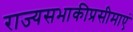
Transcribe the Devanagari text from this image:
राज्यसभाकीप्रसीमाएं